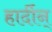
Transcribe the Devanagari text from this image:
हार्दीन्